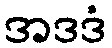
အဒဒံ